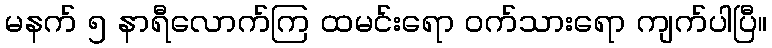
မနက် ၅ နာရီလောက်ကြ ထမင်းရော ဝက်သားရော ကျက်ပါပြီ။